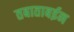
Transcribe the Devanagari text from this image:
तबाताबईन